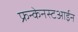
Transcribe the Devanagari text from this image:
फ्रन्केनस्टआईन